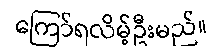
ကြော်ရလိမ့်ဦးမည်။